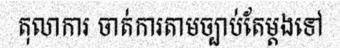
តុលាការ ចាត់ការតាមច្បាប់តែម្តងទៅ